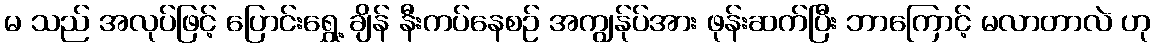
မ သည် အလုပ်ဖြင့် ပြောင်းရွှေ့ ချိန် နီးကပ်နေစဉ် အကျွန်ုပ်အား ဖုန်းဆက်ပြီး ဘာကြောင့် မလာတာလဲ ဟု